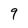
Character: 9